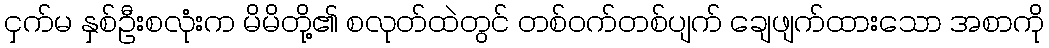
ငှက်မ နှစ်ဦးစလုံးက မိမိတို့၏ စလုတ်ထဲတွင် တစ်ဝက်တစ်ပျက် ချေဖျက်ထားသော အစာကို